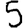
Digit: 5